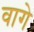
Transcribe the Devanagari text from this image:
वागे